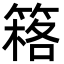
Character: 䈷